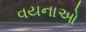
વયનાઓ